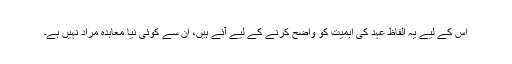
اُس کے لیے یہ الفاظ عہد کی اہمیت کو واضح کرنے کے لیے آئے ہیں، اِن سے کوئی نیا معاہدہ مراد نہیں ہے۔